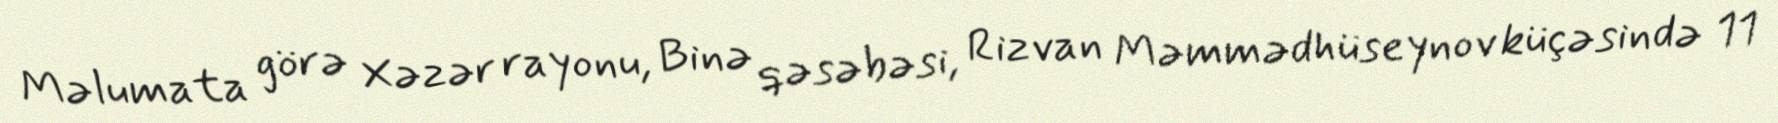
Məlumata görə Xəzər rayonu, Binə qəsəbəsi, Rizvan Məmmədhüseynov küçəsində 11